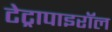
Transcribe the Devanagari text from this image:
टेट्रापाइरॉल